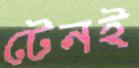
টেনই